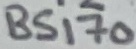
Text: BS170